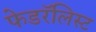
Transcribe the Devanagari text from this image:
फेडरॅलिस्ट